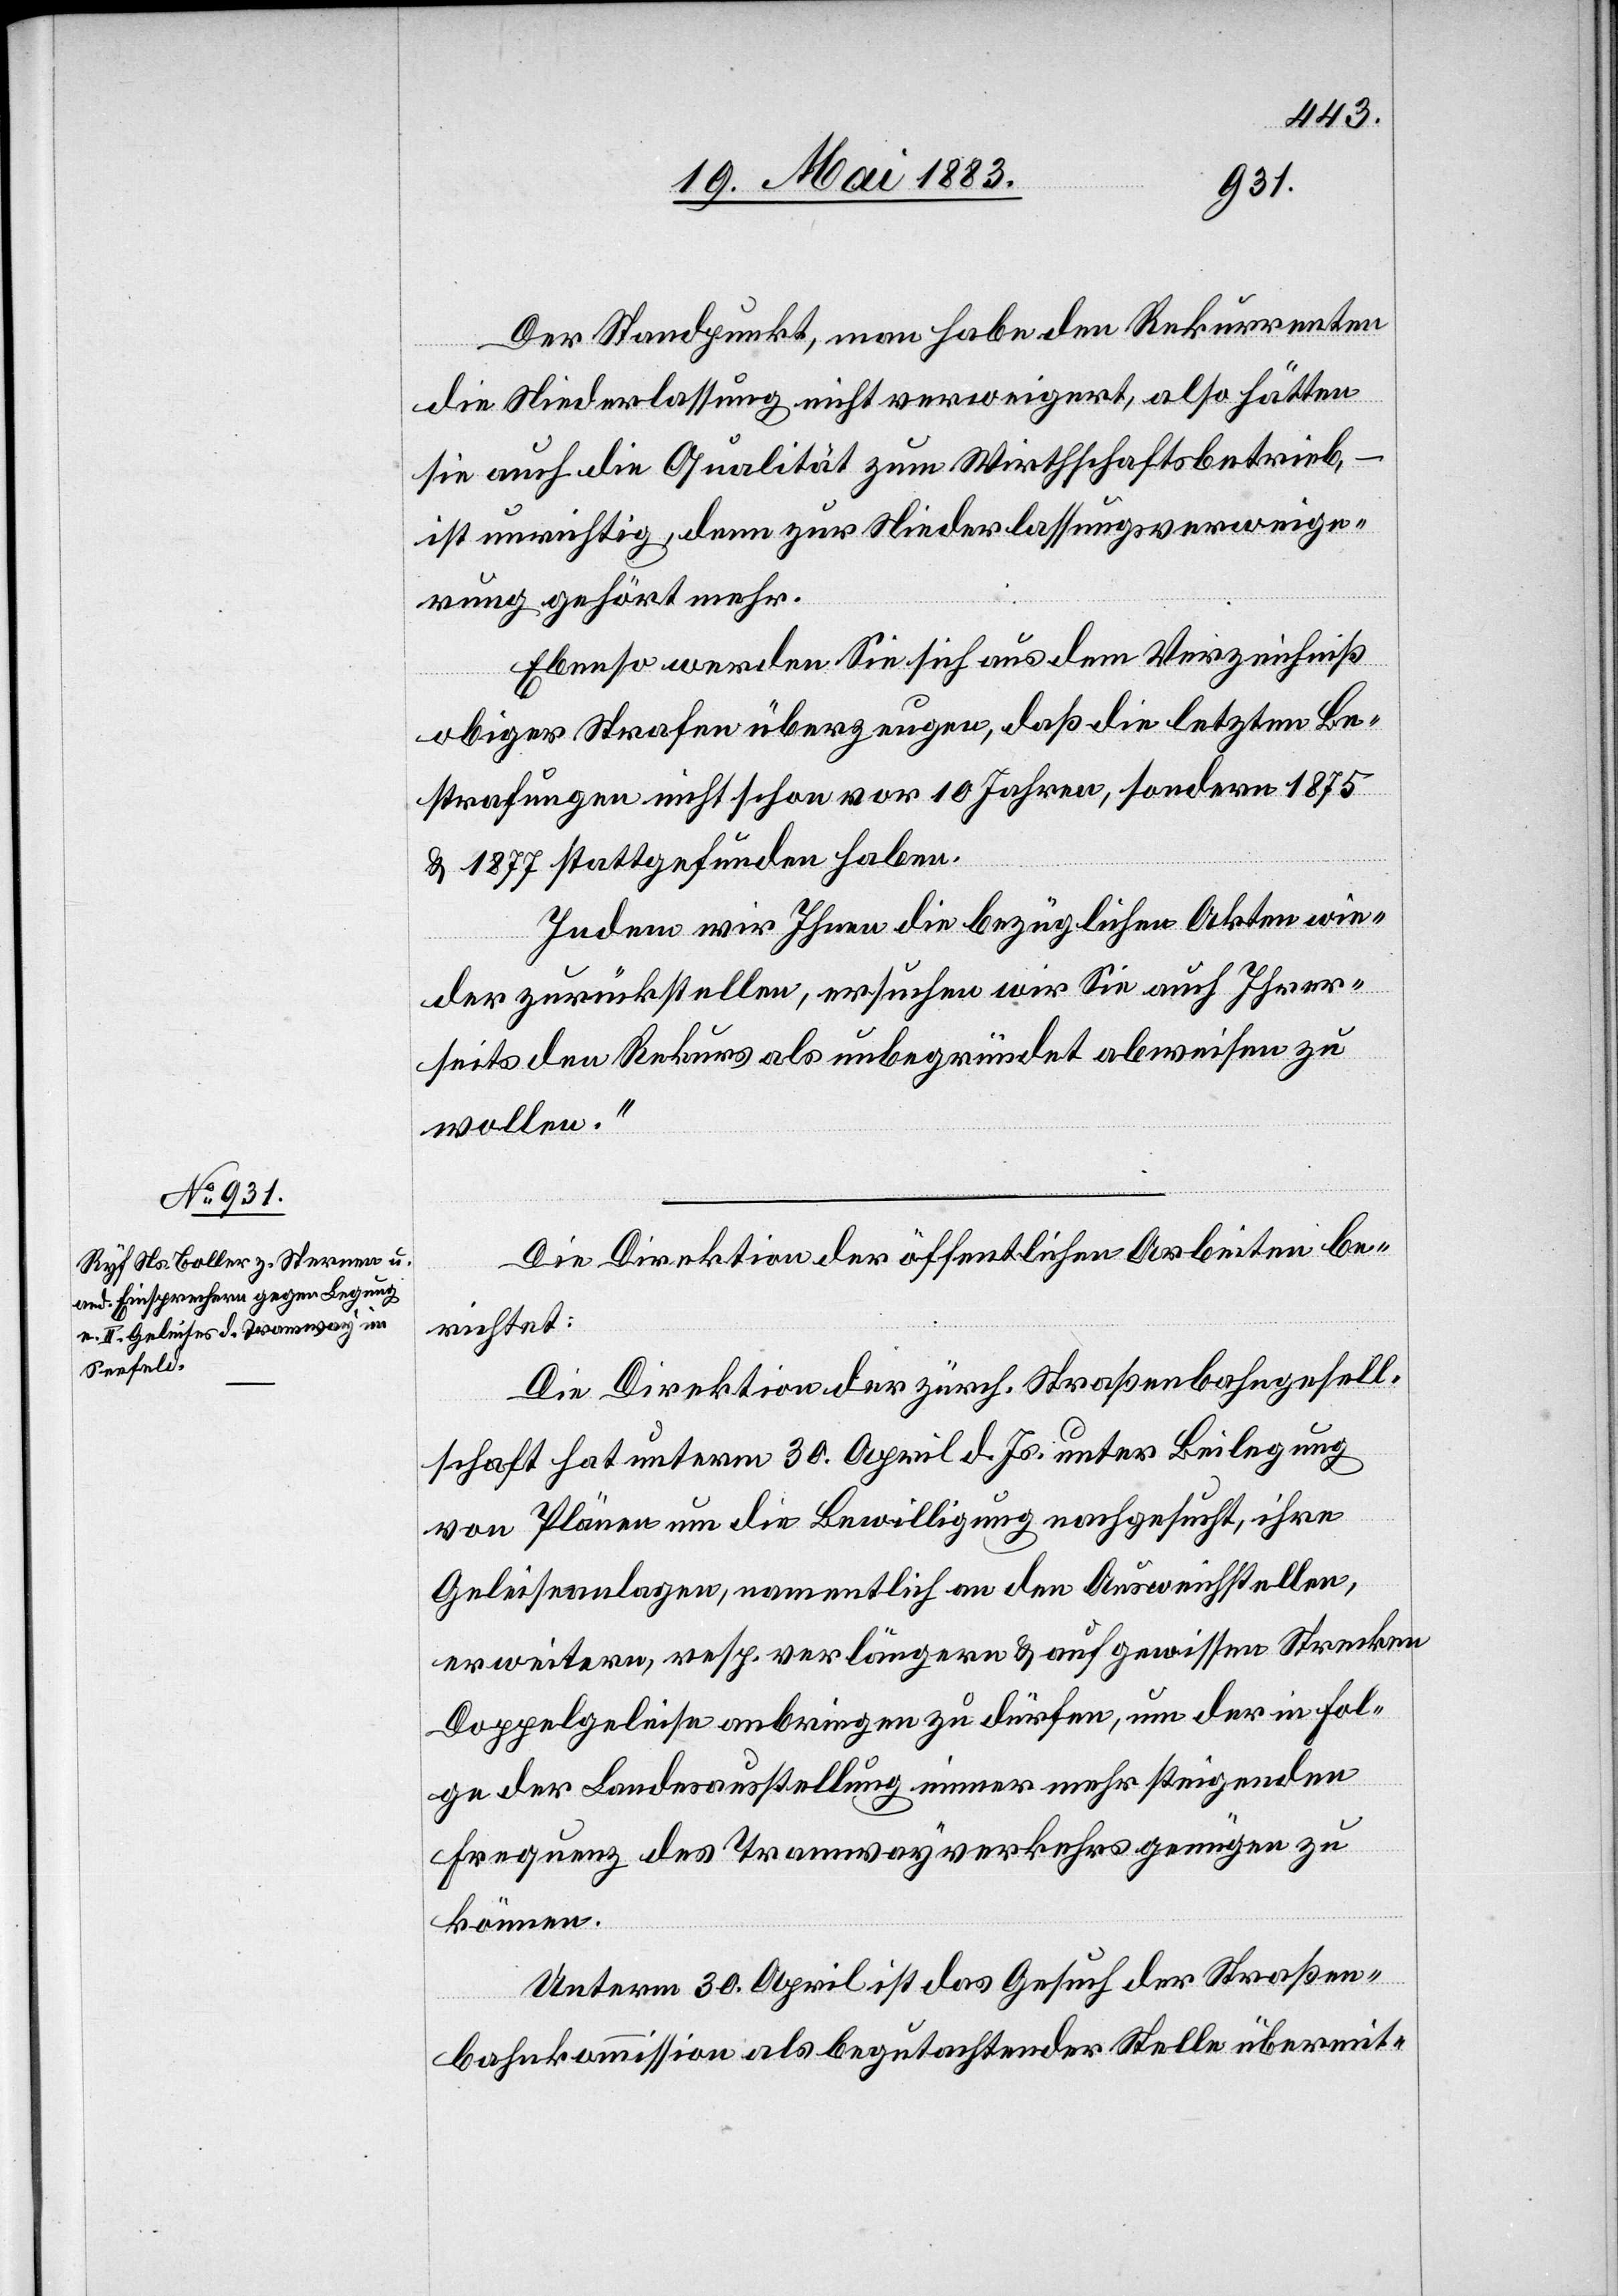
Der Standpunkt, man habe den Rekurrenten
Mai
die Niederlassung nicht verweigert, also hätten
sie auch die Qualität zum Wirthschaftsbetrieb,
ist unrichtig, denn zur Niederlassungsverweige¬
rung gehört mehr.
Ebenso werden Sie sich aus dem Verzeichniß
obiger Strafen überzeugen, daß die letzten Be¬
strafungen nicht schon vor 10 Jahren, sondern 1875
& 1877 stattgefunden haben.
Indem wir Ihnen die bezüglichen Akten wie¬
der zurückstellen, ersuchen wir Sie auch Ihrer¬
seits den Rekurs als unbegründet abweisen zu
wollen.“
Die Direktion der öffentlichen Arbeiten be¬
richtet:
Die Direktion der zürch. Straßenbahngesell¬
schaft hat unterm 30. April d. Js. unter Beilegung
von Plänen um die Bewilligung nachgesucht, ihre
Geleisanlagen, namentlich an den Ausweichstellen,
erweitern, resp. verlängern & auf gewissen Strecken
Doppelgeleise anbringen zu dürfen, um der in Fol¬
ge der Landesausstellung immer mehr steigenden
Frequenz des Tramwaysverkehrs genügen zu
können.
Unterm 30. April ist das Gesuch der Straßen¬
bahnkommission als begutachtender Stelle übermit-